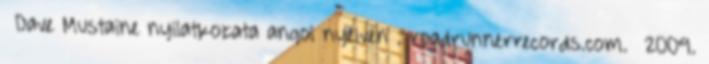
↑ Dave Mustaine nyilatkozata angol nyelven . roadrunnerrecords.com. 2009.